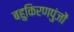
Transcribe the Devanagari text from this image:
बहुकिरणपुंजों